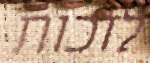
לזכות